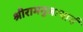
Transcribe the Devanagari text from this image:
श्रीरामनुजाचार्य